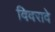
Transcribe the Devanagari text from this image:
विवरावे